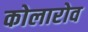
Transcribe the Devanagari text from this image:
कोलारोव